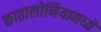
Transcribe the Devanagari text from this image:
कातालोनियामध्ये